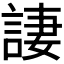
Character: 𫌿